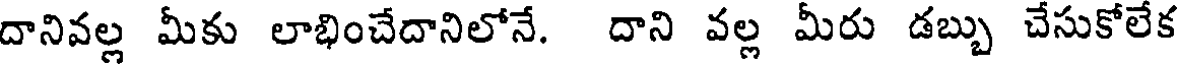
దానివల్ల మీకు లాభించేదానిలోనే. దాని వల్ల మీరు డబ్బు చేసుకోలేక